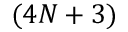
( 4 N + 3 )